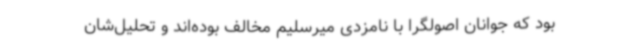
بود که جوانان اصولگرا با نامزدی میرسلیم مخالف بوده‌اند و تحلیل‌شان